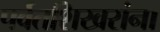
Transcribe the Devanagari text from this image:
पर्वतशिखरांना